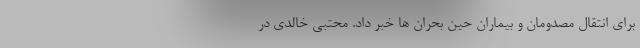
برای انتقال مصدومان و بیماران حین بحران ها خبر داد. محتبی خالدی در